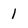
Character: 1